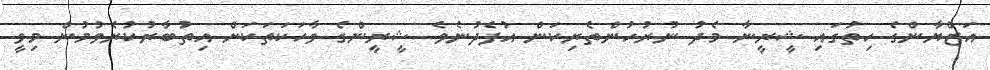
އަޒްޔާންގެ ހިތުގައި ޝީރީނާ މެދު ނުރުހުންތެރިކަން އުފެދުނެވެ. ޝީރީންގެ ވާހަކަތަކަށް އިތުބާރުކުރެވުމުން މިވީ